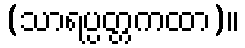
(သာရပ္ပတ္တကထာ)။